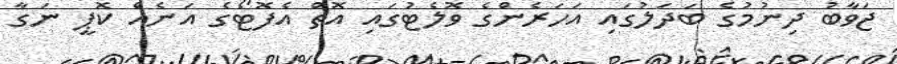
ޖަވާބު ދިނުމުގެ ބަދަލުގައި އަހަރެންގެ ވޮލެޓުގައި އޮތް އެފޮޓޯގެ އަނެއް ކޮޕީ ނަގާ